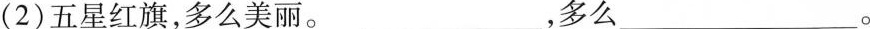
(2)五星红旗，多么美丽。___，多么___。